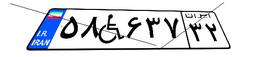
۵۸W۶۳۷۳۲